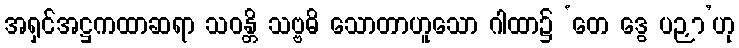
အရှင်အဋ္ဌကထာဆရာ သဝန္တိ သဗ္ဗဓိ သောတာဟူသော ဂါထာ၌ ‘တေ ဒွေ ပဉှာ’ဟု